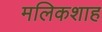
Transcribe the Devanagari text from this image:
मलिकशाह